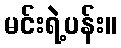
မင်းရဲ့ပန်း။